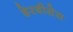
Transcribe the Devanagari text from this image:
डेरबीसेस